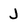
Character: J